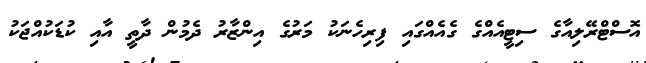
އޮސްޓްރޭލިއާގެ ސިޓީއެއްގެ ގެއެއްގައި ފިރިހެނަކު މަރުގެ އިންޒާރު ދެމުން ދާތީ އާއި ކުޑަކުއްޖަކު